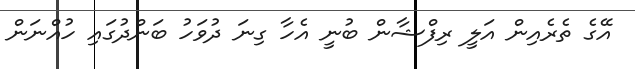
އޭގެ ތެރެއިން އަލީ ރިފްޝާން ބުނީ އެހާ ގިނަ ދުވަހު ބަންދުގައި ހުއްނަން